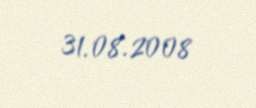
31.08.2008